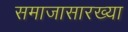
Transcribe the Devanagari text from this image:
समाजासारख्या